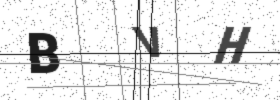
Text: BVH